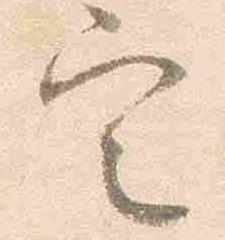
定